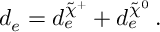
d _ { e } = d _ { e } ^ { \tilde { \chi } ^ { + } } + d _ { e } ^ { \tilde { \chi } ^ { 0 } } \, .